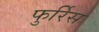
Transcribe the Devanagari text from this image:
फुर्रिेस